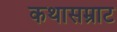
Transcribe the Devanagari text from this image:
कथासम्राट